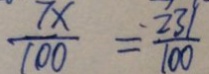
\frac { 7 x } { 1 0 0 } = \frac { 2 3 1 } { 1 0 0 }